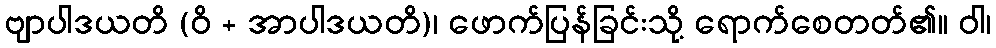
ဗျာပါဒယတိ (ဝိ + အာပါဒယတိ)၊ ဖောက်ပြန်ခြင်းသို့ ရောက်စေတတ်၏။ ဝါ၊